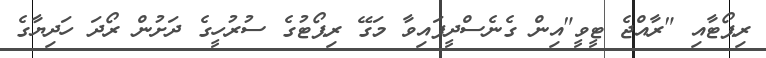
ރިޕޯޓާއި "ރާއްޖެ ޓީވީ"އިން ގެނެސްދީފައިވާ މަގޭ ރިޕޯޓުގެ ސުރުހީގެ ދަށުން ރޯދަ ހަދިޔާގެ